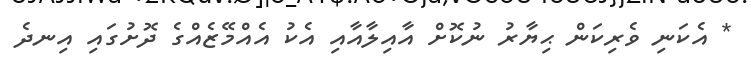
* އެކަނި ވެރިކަން ޙިޔާރު ނުކޮށް އާއިލާއާއި އެކު އެއްމޭޒެއްގެ ދޮށުގައި އިނދެ